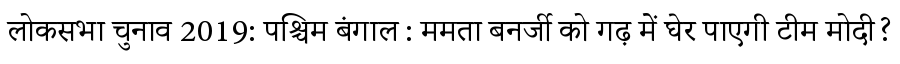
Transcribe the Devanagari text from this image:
लोकसभा चुनाव 2019: पश्चिम बंगाल : ममता बनर्जी को गढ़ में घेर पाएगी टीम मोदी?